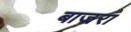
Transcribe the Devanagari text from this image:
बाज्ररा